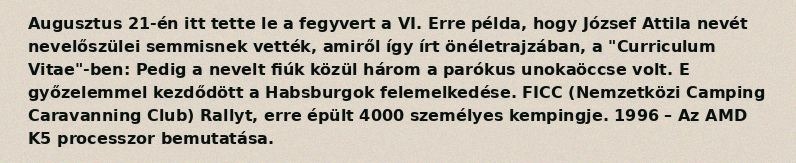
Augusztus 21-én itt tette le a fegyvert a VI. Erre példa, hogy József Attila nevét nevelőszülei semmisnek vették, amiről így írt önéletrajzában, a "Curriculum Vitae"-ben: Pedig a nevelt fiúk közül három a parókus unokaöccse volt. E győzelemmel kezdődött a Habsburgok felemelkedése. FICC (Nemzetközi Camping Caravanning Club) Rallyt, erre épült 4000 személyes kempingje. 1996 – Az AMD K5 processzor bemutatása.